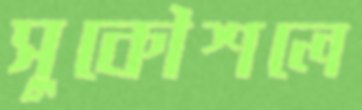
সুকৌশলে